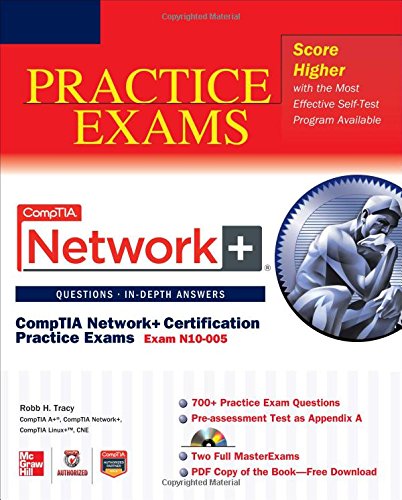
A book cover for CompTIA Network+ Certification Practice Exams (Exam N10-005) (CompTIA Authorized); Robb Tracy; Computers & Technology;